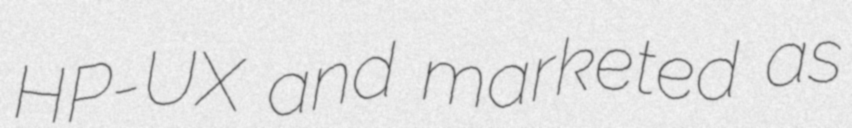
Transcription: HP-UX and marketed as